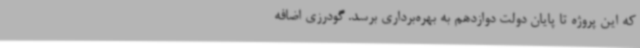
که این پروژه تا پایان دولت دوازدهم به بهره‌برداری برسد. گودرزی اضافه